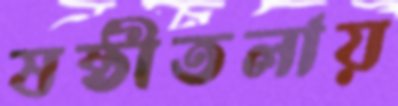
ষষ্ঠীতলায়